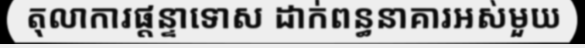
តុលាការផ្តន្ទាទោស ដាក់ពន្ធនាគារអស់មួយ